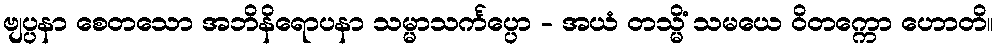
ဗျပ္ပနာ စေတသော အဘိနိရောပနာ သမ္မာသင်္ကပ္ပော - အယံ တသ္မိံ သမယေ ဝိတက္ကော ဟောတိ။